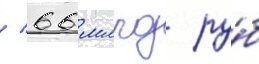
/ 66 млрд ру́б